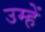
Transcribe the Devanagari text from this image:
उम्हें